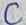
Text: C